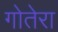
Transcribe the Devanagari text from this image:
गोतेरा